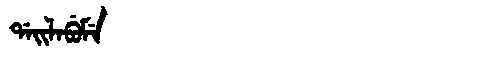
Manchu: ᡩᠠᡳᠯᠠᠪᡠᠮᡝ
Romanization: DAILABUME